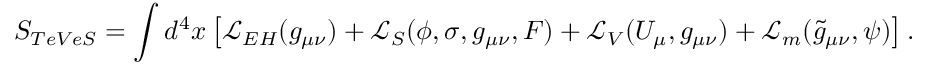
S _ { T e V e S } = \int d ^ { 4 } x \left[ \mathcal { L } _ { E H } ( g _ { \mu \nu } ) + \mathcal { L } _ { S } ( \phi , \sigma , g _ { \mu \nu } , F ) + \mathcal { L } _ { V } ( U _ { \mu } , g _ { \mu \nu } ) + \mathcal { L } _ { m } ( \tilde { g } _ { \mu \nu } , \psi ) \right] .